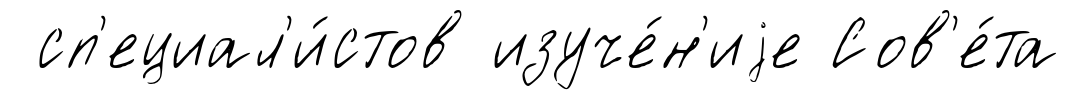
сп'ециал'и́стов изуче́н'иjе Сов'е́та